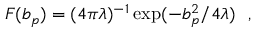
F ( b _ { p } ) = ( 4 \pi \lambda ) ^ { - 1 } \exp ( - b _ { p } ^ { 2 } / 4 \lambda ) \ \ ,